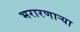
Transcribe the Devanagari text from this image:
भरारणाऱ्या